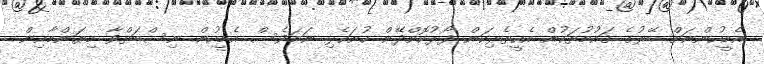
އެމީހުންނަށް ބޭރުގެ ޤައުމުތަކުން އެހީތެރިކަން ފޯރުކޮށްދޭން ހުށަހެޅި ނަމަވެސް އެމީހުން ނިސްބަތްވާ މިޔަންމާއިން